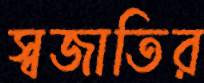
স্বজাতির